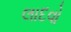
લાદવો